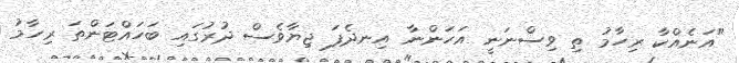
"އަނެއްކާ ރިހާމު ތި ވިސްނަނީ އަހަންނާ އިނދެފަ ޖިޔާވެސް ދުރުގައި ބަހައްޓަންތަ ރިހާމު